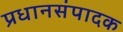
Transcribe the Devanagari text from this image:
प्रधानसंपादक